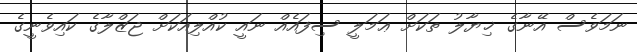
ނަމަވެސް އޭނާގެ ޚިޔާލު ތަކަށް ޢަމަލީ ސިފައެއް ނައީ ކުއްލިއަކަށް ޖަޒްލާގެ ކައިވެނީގެ